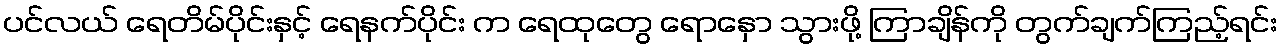
ပင်လယ် ရေတိမ်ပိုင်းနှင့် ရေနက်ပိုင်း က ရေထုတွေ ရောနှော သွားဖို့ ကြာချိန်ကို တွက်ချက်ကြည့်ရင်း